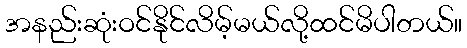
အနည်းဆုံးဝင်နိုင်လိမ့်မယ်လို့ထင်မိပါတယ်။